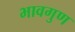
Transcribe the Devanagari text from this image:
भावगुण